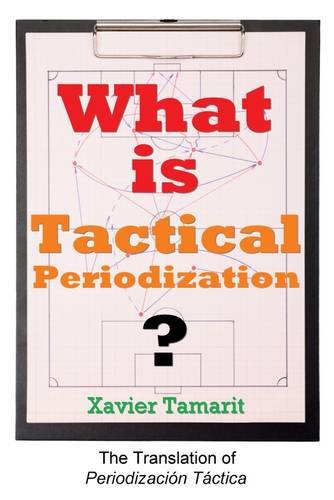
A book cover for What is Tactical Periodization?; Xavier Tamarit; Sports & Outdoors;